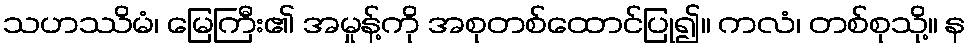
သဟဿိမံ၊ မြေကြီး၏ အမှုန့်ကို အစုတစ်ထောင်ပြု၍။ ကလံ၊ တစ်စုသို့။ န